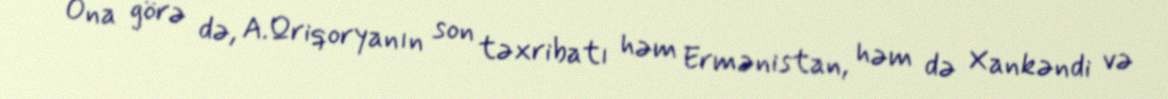
Ona görə də, A.Qriqoryanın son təxribatı həm Ermənistan, həm də Xankəndi və